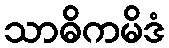
သာဓိကမိဒံ